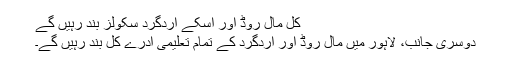
کل مال روڈ اور اسکے اردگرد سکولز بند رہیں گے
دوسری جانب، لاہور میں مال روڈ اور اردگرد کے تمام تعلیمی ادرے کل بند رہیں گے۔